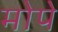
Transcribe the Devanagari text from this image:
मोपे